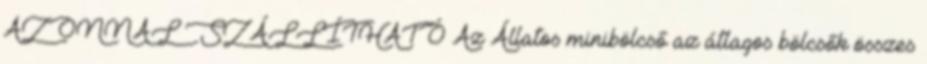
AZONNAL SZÁLLÍTHATÓ Az Állatos minibölcső az átlagos bölcsők összes